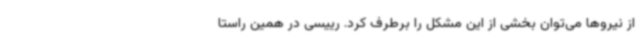
از نیروها می‌توان بخشی از این مشکل را برطرف کرد. رییسی در همین راستا